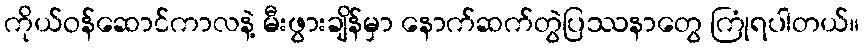
ကိုယ်ဝန်ဆောင်ကာလနဲ့ မီးဖွားချိန်မှာ နောက်ဆက်တွဲပြဿနာတွေ ကြုံရပါတယ်။